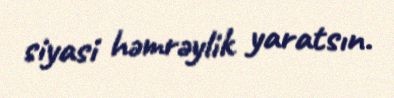
siyasi həmrəylik yaratsın.